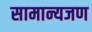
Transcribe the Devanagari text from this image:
सामान्यजण